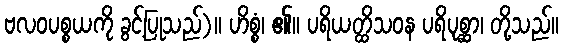
ဗလဝပစ္စယကို ခွင့်ပြုသည်)။ ဟိစ္စံ၊ ၏။ ပရိယတ္ထိသဝန ပရိပုစ္ဆာ၊ တို့သည်။